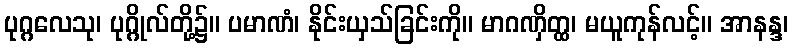
ပုဂ္ဂလေသု၊ ပုဂ္ဂိုလ်တို့၌။ ပမာဏံ၊ နိုင်းယှသ်ခြင်းကို။ မာဂဏှိတ္ထ၊ မယူကုန်လင့်။ အာနန္ဒ၊